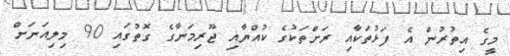
މީގެ އިތުރުން އެ ފަޅުތަކާއި ރަށްތަކުގެ ކުއްޔާއި ޖޫރިމަނާގެ ގޮތުގައި 90 މިލިއަނަށް